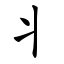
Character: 丬